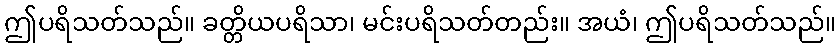
ဤပရိသတ်သည်။ ခတ္တိယပရိသာ၊ မင်းပရိသတ်တည်း။ အယံ၊ ဤပရိသတ်သည်။